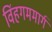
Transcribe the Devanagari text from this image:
विंहगममार्ग